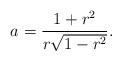
LaTeX: \begin{align*}a=\frac{1+r^2}{r\sqrt{1-r^2}}.\end{align*}